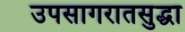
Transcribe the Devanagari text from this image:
उपसागरातसुद्धा